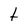
Character: t